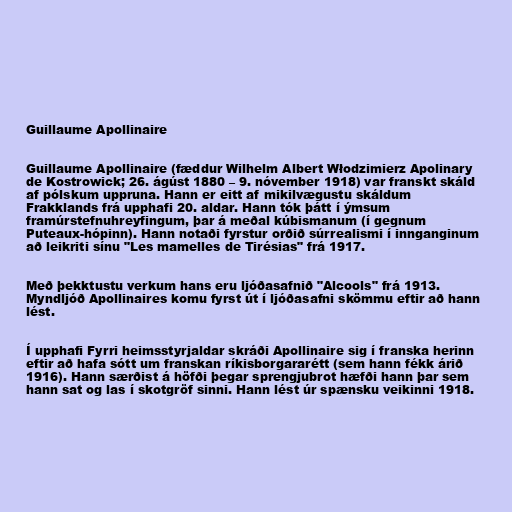
Guillaume Apollinaire

Guillaume Apollinaire (fæddur Wilhelm Albert Włodzimierz Apolinary
de Kostrowick; 26. ágúst 1880 – 9. nóvember 1918) var franskt skáld
af pólskum uppruna. Hann er eitt af mikilvægustu skáldum
Frakklands frá upphafi 20. aldar. Hann tók þátt í ýmsum
framúrstefnuhreyfingum, þar á meðal kúbismanum (í gegnum
Puteaux-hópinn). Hann notaði fyrstur orðið súrrealismi í innganginum
að leikriti sínu "Les mamelles de Tirésias" frá 1917.

Með þekktustu verkum hans eru ljóðasafnið "Alcools" frá 1913.
Myndljóð Apollinaires komu fyrst út í ljóðasafni skömmu eftir að hann
lést.

Í upphafi Fyrri heimsstyrjaldar skráði Apollinaire sig í franska herinn
eftir að hafa sótt um franskan ríkisborgararétt (sem hann fékk árið
1916). Hann særðist á höfði þegar sprengjubrot hæfði hann þar sem
hann sat og las í skotgröf sinni. Hann lést úr spænsku veikinni 1918.